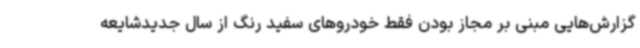
گزارش‌هایی مبنی بر مجاز بودن فقط خودروهای سفید رنگ از سال جدیدشایعه